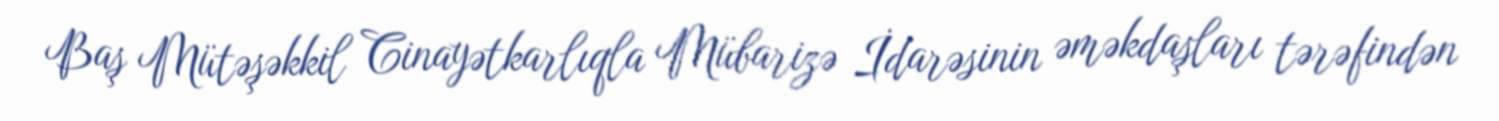
Baş Mütəşəkkil Cinayətkarlıqla Mübarizə İdarəsinin əməkdaşları tərəfindən